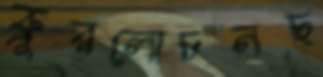
ক্রূরলোচনছ